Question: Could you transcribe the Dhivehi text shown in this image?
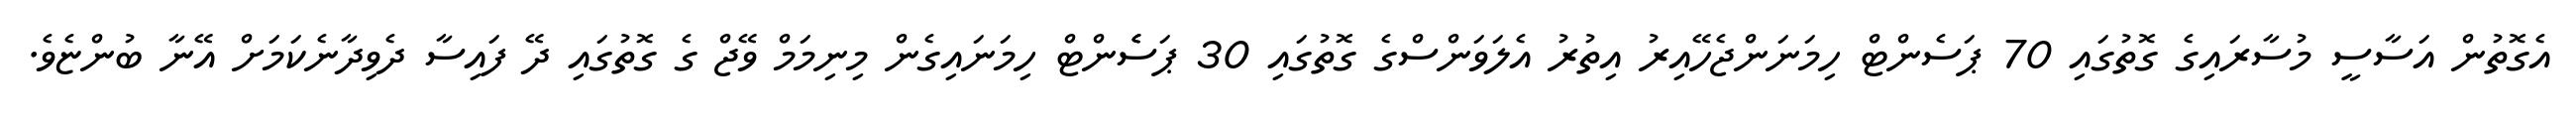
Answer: އެގޮތުން އަސާސީ މުސާރައިގެ ގޮތުގައި 70 ޕަސެންޓް ހިމަނަންޖެހޭއިރު އިތުރު އެލަވަންސްގެ ގޮތުގައި 30 ޕަސެެންޓް ހިމަނައިގެން މިނިމަމް ވޭޖް ގެ ގޮތުގައި ދޭ ފައިސާ ދެވިދާނެކަމަށް އޭނާ ބުންޏެވެ.